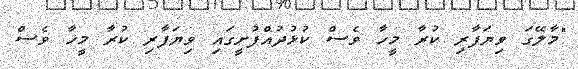
"މާލޭގަ ވިޔަފާރި ކުރާ މީހާ ވެސް ކުޅުދުއްފުށީގައި ވިޔަފާރި ކުރާ މީހާ ވެސް